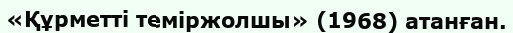
«Құрметті теміржолшы» (1968) атанған.